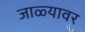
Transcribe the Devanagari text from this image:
जाळ्यावर